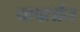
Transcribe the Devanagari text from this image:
वापर्तात